Leaving Certificate Examination, 1922
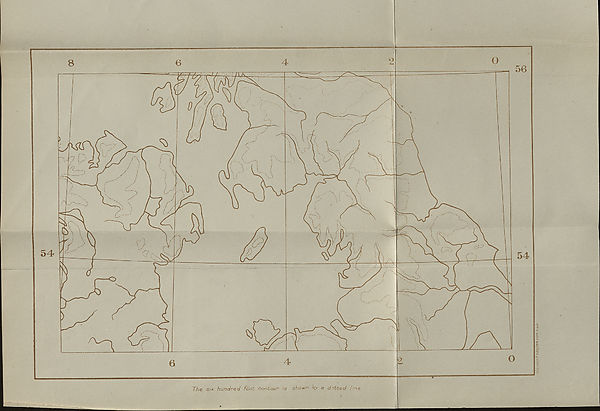
702.-16QI. 1
? S22/rS9.tl2S.b